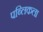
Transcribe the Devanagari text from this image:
पब्लिकला